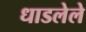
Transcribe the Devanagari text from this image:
धाडलेले